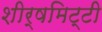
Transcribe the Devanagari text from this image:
शीर्षमिट्टी